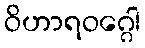
ဝိဟာရဝဂ္ဂေါ